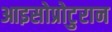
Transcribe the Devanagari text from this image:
आइसोप्रोटुरान